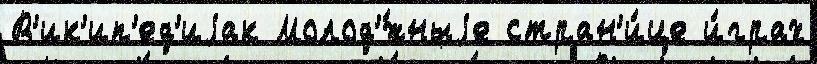
В'ик'ип'ед'иjак Молод'́жныjе стран'и́це и́грах